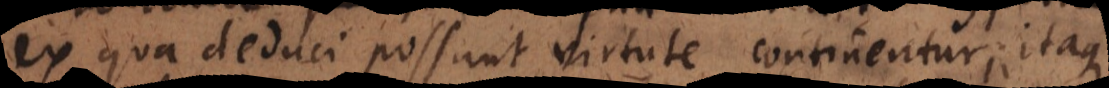
ex qua deduci possunt virtute continentur, itaqu